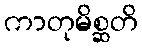
ကာတုမိစ္ဆတိ